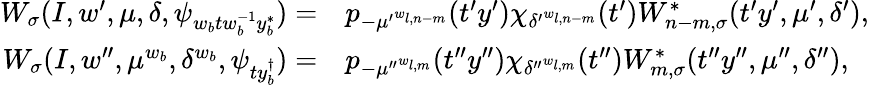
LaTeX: \begin{array}{rl}{W_{\sigma}(I,w^{\prime},\mu,\delta,\psi_{w_{b}tw_{b}^{-1}y_{b}^{*}})=}&{p_{-{\mu^{\prime}}^{w_{l,n-m}}}(t^{\prime}y^{\prime})\chi_{{\delta^{\prime}}^{w_{l,n-m}}}(t^{\prime})W_{n-m,\sigma}^{*}(t^{\prime}y^{\prime},\mu^{\prime},\delta^{\prime}),}\\ {W_{\sigma}(I,w^{\prime\prime},\mu^{w_{b}},\delta^{w_{b}},\psi_{ty_{b}^{\dagger}})=}&{p_{-{\mu^{\prime\prime}}^{w_{l,m}}}(t^{\prime\prime}y^{\prime\prime})\chi_{{\delta^{\prime\prime}}^{w_{l,m}}}(t^{\prime\prime})W_{m,\sigma}^{*}(t^{\prime\prime}y^{\prime\prime},\mu^{\prime\prime},\delta^{\prime\prime}),}\end{array}